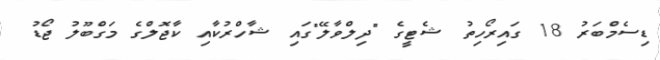
ޑިސެމްބަރު 18 ގައިރޯހިތު ޝެޓީގެ "ދިލްވާލޭ"ގައި ޝާހްރުކާއި ކާޖޮލްގެ މަގްބޫލު ޖޯޑު